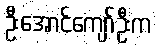
ဦးအောင်ကျော်ဦးက